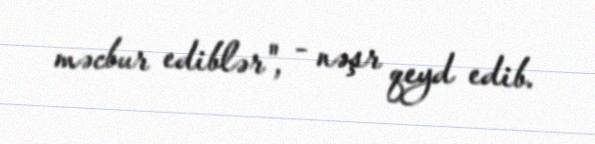
məcbur ediblər", - nəşr qeyd edib.